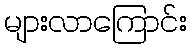
များလာကြောင်း